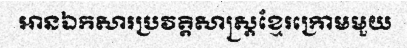
អានឯកសារប្រវត្តិសាស្ត្រខ្មែរក្រោមមួយ